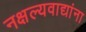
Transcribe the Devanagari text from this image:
नक्षल्यवाद्यांना